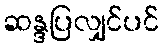
ဆန္ဒပြလျှင်ပင်